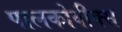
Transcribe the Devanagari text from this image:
पालकोवीक्स